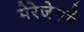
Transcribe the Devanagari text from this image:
मेरेजेसचे